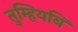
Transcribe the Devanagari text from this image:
तुम्हियबि